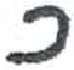
אות: כ